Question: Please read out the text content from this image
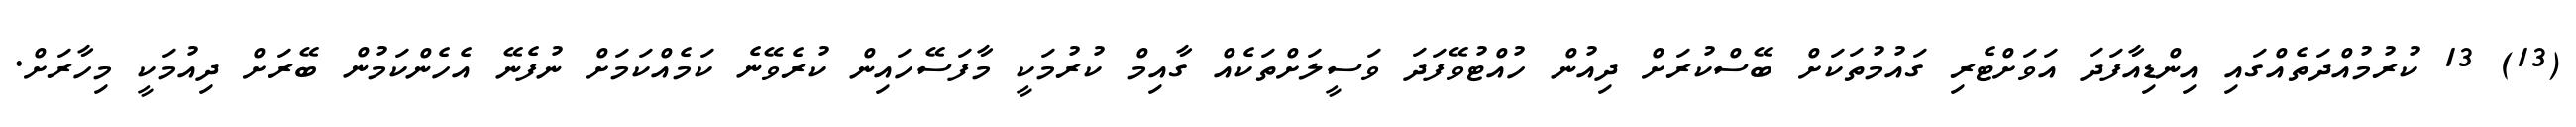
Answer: (13) 13 ކުރުމުއްދަތެއްގައި އިންޑިއާފަދަ އަވަށްޓެރި ގައުމުތަކަށް ބޭސްކުރަށް ދިއުން ހުއްޓުވޭފަދަ ވަސީލަށްތަކެއް ގާއިމް ކުރުމަކީ މާފަސޭހައިން ކުރެވޭނެ ކަމެއްކަމަށް ނުފެނޭ އެހެންކަމުން ބޭރަށް ދިއުމަކީ މިހާރަށް.